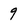
Character: 9